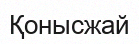
Қонысжай